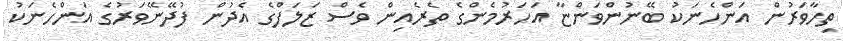
ތިހާވަރުން އަންހެނަކު ބޭނުންވަންޏާ އަހަރުމެންގެ ތެރެއިން ވެސް ޒަލަފްގެ އެދުން ފުދޭނޭވަރުގެ އަންހެނަކު